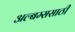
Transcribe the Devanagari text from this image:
अल्बम्ससाठी